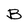
Character: B